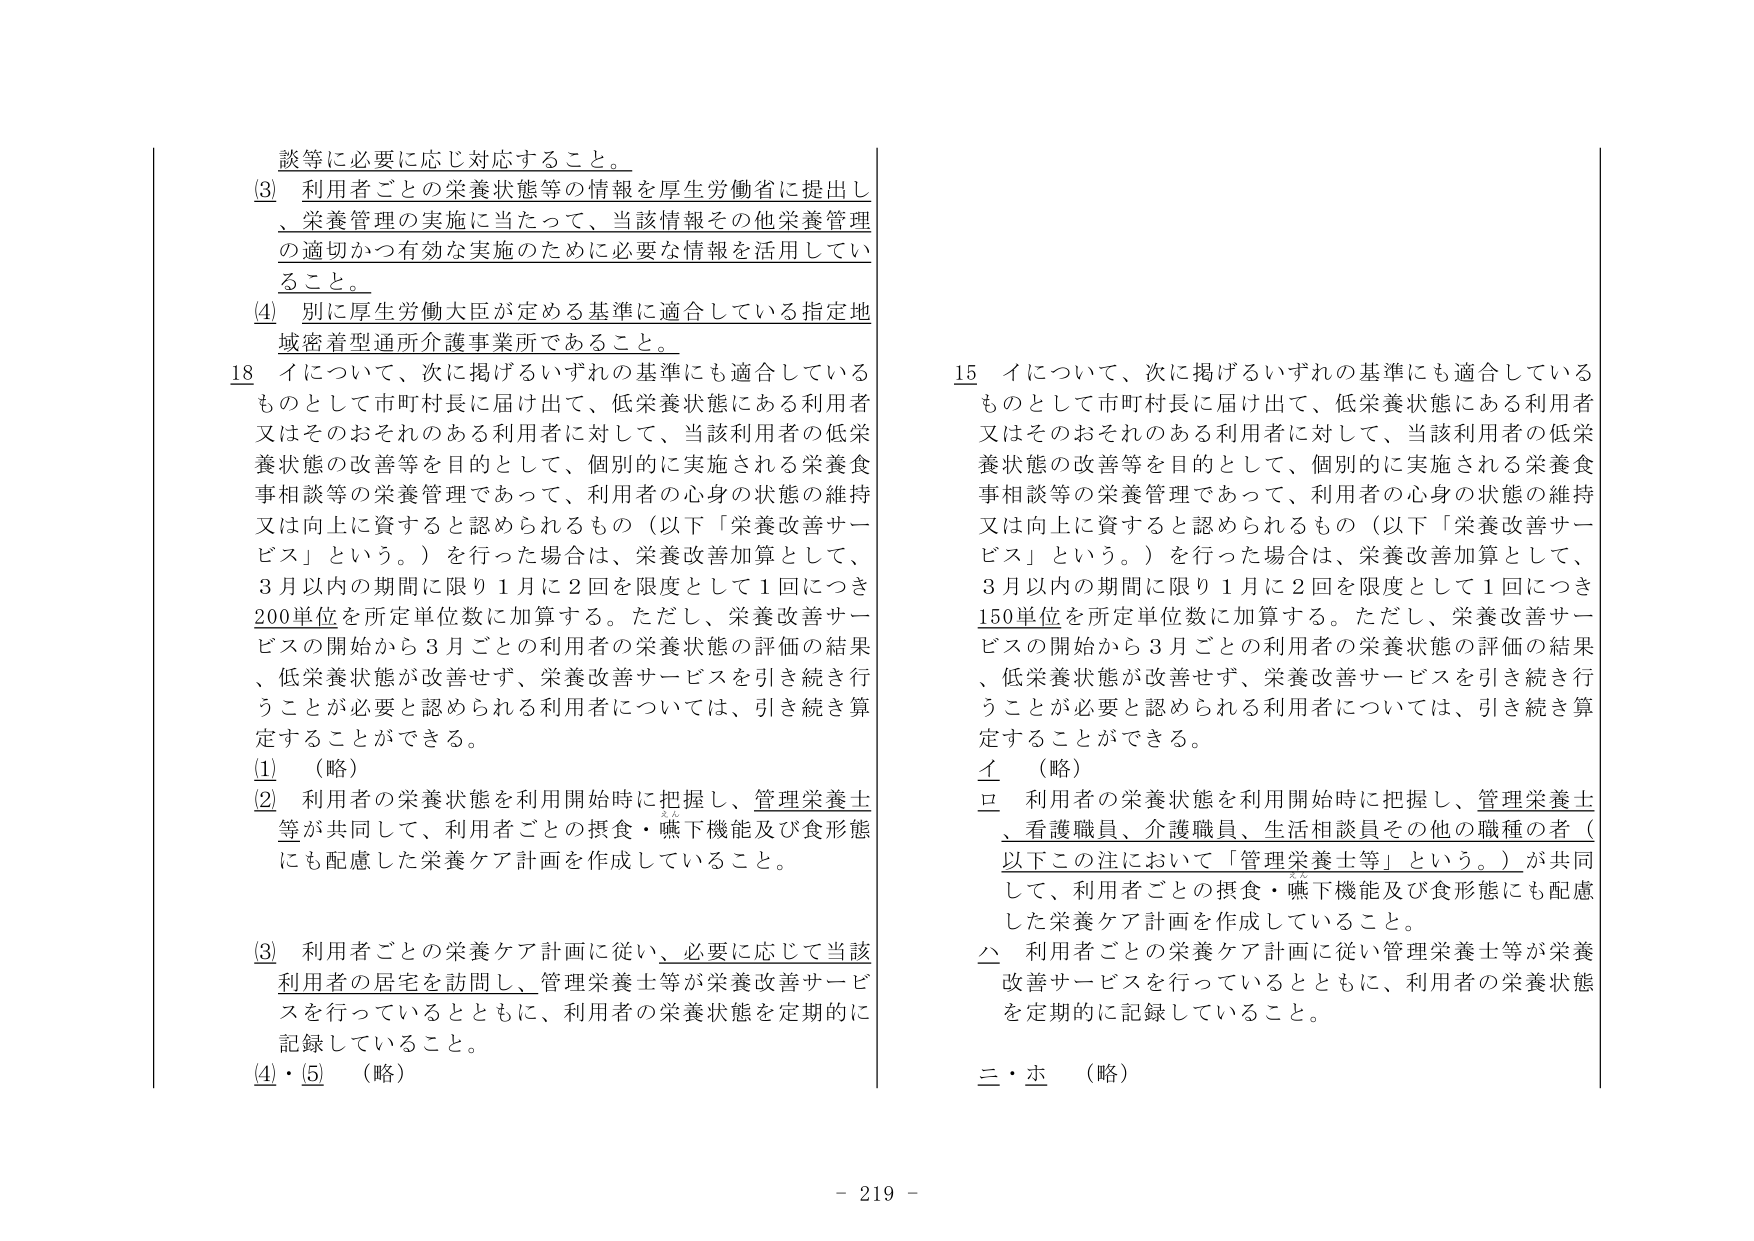
談等に必要に応じ対応すること。

(3) 利用者ごとの栄養状態等の情報を持生労働省に提出し、栄養管理の実施に当たって、当該情報その他栄養管理の適切かつ有効な実施のために必要な情報を活用していること。

(4) 別に厚生労働大臣が定める基準に適合している指定地域密着型通所介護事業所であること。

18 イについて、次に掲げるいずれの基準にも適合しているものとして市町村長に届け出て、低栄養状態にある利用者又はそのおそれのある利用者に対して、当該利用者の低栄養状態の改善等を目的として、個別的に実施される栄養食事相談等の栄養管理であって、利用者の心身の状態の維持又は向上に資すると認められるもの（以下「栄養改善サービス」という。）を行った場合は、栄養改善加算として、3月以内の期間に限り1月に2回を限度として1回につき200単位を所定単位数に加算する。ただし、栄養改善サービスの開始から3月ごとの利用者の栄養状態の評価の結果、低栄養状態が改善せず、栄養改善サービスを引き続き行うことが必要と認められる利用者については、引き続き算定することができる。

(1) （略）

(2) 利用者の栄養状態を利用開始時に把握し、管理栄養士等が共同して、利用者ごとの摂食・嚥下機能及び食形態にも配慮した栄養ケア計画を作成していること。

(3) 利用者ごとの栄養ケア計画に従い、必要に応じて当該利用者の居宅を訪問し、管理栄養士等が栄養改善サービスを行っているとともに、利用者の栄養状態を定期的に記録していること。

(4)・(5) （略）

15 イについて、次に掲げるいずれの基準にも適合しているものとして市町村長に届け出て、低栄養状態にある利用者又はそのおそれのある利用者に対して、当該利用者の低栄養状態の改善等を目的として、個別的に実施される栄養食事相談等の栄養管理であって、利用者の心身の状態の維持又は向上に資すると認められるもの（以下「栄養改善サービス」という。）を行った場合は、栄養改善加算として、3月以内の期間に限り1月に2回を限度として1回につき150単位を所定単位数に加算する。ただし、栄養改善サービスの開始から3月ごとの利用者の栄養状態の評価の結果、低栄養状態が改善せず、栄養改善サービスを引き続き行うことが必要と認められる利用者については、引き続き算定することができる。

イ （略）

ロ 利用者の栄養状態を利用開始時に把握し、管理栄養士、看護職員、介護職員、生活相談員その他の職種の者（以下この注において「管理栄養士等」という。）が共同して、利用者ごとの摂食・嚥下機能及び食形態にも配慮した栄養ケア計画を作成していること。

ハ 利用者ごとの栄養ケア計画に従い管理栄養士等が栄養改善サービスを行っているとともに、利用者の栄養状態を定期的に記録していること。

三・ホ （略）

- 219 -